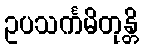
ဥပသင်္ကမိတုန္တိ